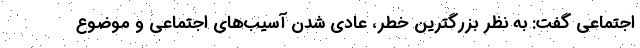
اجتماعی گفت: به نظر بزرگترین خطر، عادی شدن آسیب‌های اجتماعی و موضوع